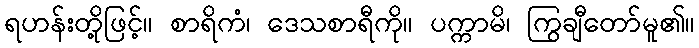
ရဟန်းတို့ဖြင့်။ စာရိကံ၊ ဒေသစာရီကို။ ပက္ကာမိ၊ ကြွချီတော်မူ၏။